Civil Veterinary Dept. Assam report 1927-50 - 1927-1950
Year: 1927
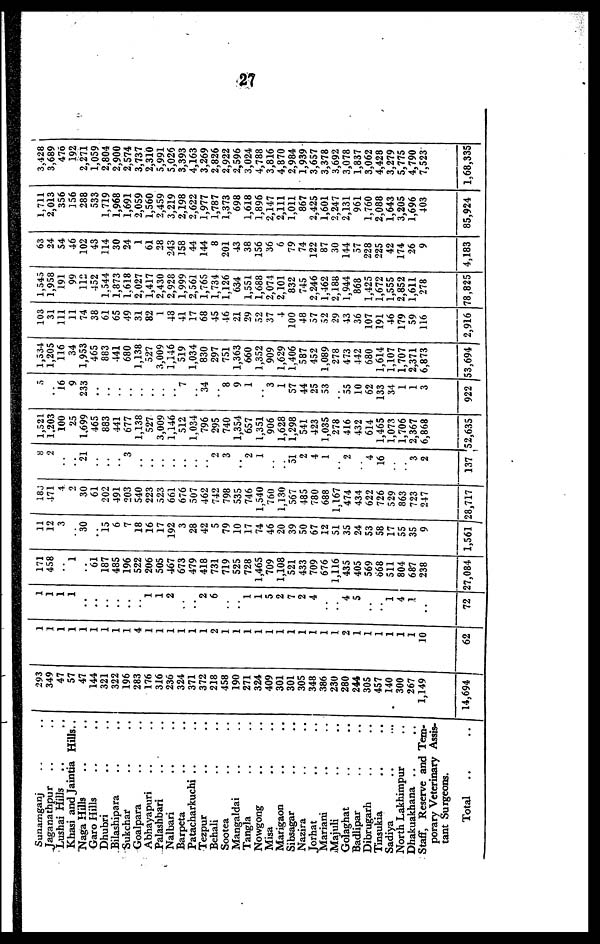
27
Sunamganj .. ..
Jaganathpur .. ..
Lushai Hills .. ..
Khasi and Jaintia Hills..
Naga Hills .. ..
Garo Hills .. ..
Dhubri .. ..
Bilashipara .. ..
Sukchar .. ..
Goalpara
Abhayapuri .. ..
Palashbari .. ..
Nalbari .. ..
Barpeta .. ..
Patacharkuchi .. ..
Tezpur .. ..
Behali .. ..
Sootea .. ..
Mangaldai .. ..
Tangla .. ..
Nowgong .. ..
Misa .. ..
Marigaon .. ..
Sibsagar .. ..
Nazira .. ..
Jorhat .. ..
Mariani .. ..
Majuli .. ..
Golaghat .. ..
Badlipar .. ..
Dibrugarh .. ..
Tinsukia .. ..
Sadiya .. ..
North Lakhimpur
Dhakuakhana .. ..
Staff, Reserve and Tem-
porary Veterinary Assis-
tant Surgeons.
Total .. ...
293
349
47
57
47
144
321
322
196
283
176
316
236
324
371
372
218
458
190
271
324
409
301
301
305
348
386
230
280
244
305
457
140
300
267
1,149
14,694
1
1
1
1
1
1
1
1
1
1
1
1
1
1
1
1
1
1
1
1
1
1
1
1
1
1
1
1
1
1
1
1
1
1
1
10
62
1
1
1
1
..
..
..
..
..
..
1
1
2
..
..
2
6
..
..
1
1
5
2
7
2
4
..
..
4
5
..
..
1
4
1
..
72
171
458
..
1
..
61
187
485
196
522
206
505
467
673
479
418
731
719
525
728
1,465
709
1,108
521
433
709
676
1,116
435
405
569
668
511
804
687
238
27,084
11
12
3
..
30
..
15
6
7
18
16
17
192
3
28
42
5
79
10
17
74
46
20
39
50
67
12
51
35
24
53
58
17
55
35
9
1,561
186
471
4
2
30
61
202
491
203
540
223
523
661
676
507
462
742
798
535
746
1,540
760
1.130
567
485
780
688
1,167
474
434
622
726
529
863
723
247
28,717
8
2
..
..
21
..
..
..
3
..
..
..
..
..
..
..
2
3
..
2
1
..
..
51
2
4
1
..
2
..
4
16
..
..
3
2
137
1,521
1,203
100
25
1,699
465
883
441
677
1,138
527
3,009
1,146
512
1,034
796
295
740
1,354
657
1,351
906
1,628
1,298
541
423
1,035
278
416
432
614
1,465
1,073
1,706
2,367
6,868
52,635
5
..
16
9
233
..
..
..
..
..
..
..
..
7
..
34
..
8
9
1
..
3
1
57
44
25
53
..
55
10
62
133
34
1
1
3
922
1,534
1,205
116
34
1,953
465
883
441
680
1,138
527
3,009
1,146
519
1,034
830
297
751
1,363
660
1,352
909
1,629
1,406
587
452
1,089
278
473
442
680
1,614
1,107
1,707
2,371
6,873
53,694
103
31
111
11
74
38
61
65
49
31
82
1
48
41
17
68
45
46
21
29
52
37
4
100
48
57
52
29
43
36
107
191
46
179
59
116
2,916
1,545
1,958
191
99
112
452
1.544
1,873
1,618
2,027
1,417
2,430
2,928
1,999
2,561
1,765
1,734
1,126
634
1,551
1,688
2,074
2,101
832
745
2,246
1,462
2,188
1,944
868
1,425
1,672
1,555
2,852
1,611
278
78,825
63
24
54
46
102
43
114
30
24
1
61
28
243
158
44
144
8
201
43
38
156
36
6
79
74
122
87
30
144
57
228
225
42
174
26
9
4,183
1,711
2,013
356
156
288
533
1,719
1,968
1,691
2,059
1,560
2,459
3,219
2,198
2,622
1,977
1,787
1,373
698
1,618
1,896
2,147
2,111
1,011
867
2,425
1,601
2,247
2,131
961
1,760
2,088
1,643
3,205
1,696
403
85,924
3,428
3,689
476
192
2,271
1,059
2,804
2,900
2,574
3,737
2,310
5,991
5,026
3,393
4,163
3,269
2,826
2,922
2,596
3,024
4,788
3,816
4,870
2,984
1,939
3,657
3,378
3,692
3,078
1,837
3,062
4,428
3,279
5,775
4,790
7,523
1,68,335